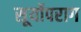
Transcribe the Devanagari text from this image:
सूर्योपराग